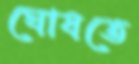
ঘোষতে